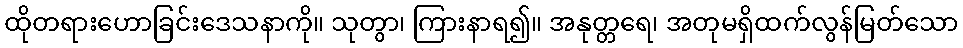
ထိုတရားဟောခြင်းဒေသနာကို။ သုတွာ၊ ကြားနာရ၍။ အနုတ္တရေ၊ အတုမရှိထက်လွန်မြတ်သော